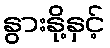
နွားနို့နှင့်